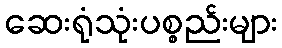
ဆေးရုံသုံးပစ္စည်းများ